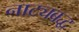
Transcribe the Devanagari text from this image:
नाट्यबद्ध